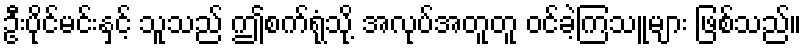
ဦးပိုင်မင်းနှင့် သူသည် ဤစက်ရုံသို့ အလုပ်အတူတူ ဝင်ခဲ့ကြသူများ ဖြစ်သည်။